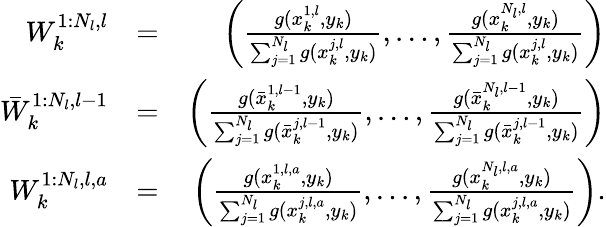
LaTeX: \begin{array}{rlr}{W_{k}^{1:N_{l},l}}&{=}&{\left(\frac{g(x_{k}^{1,l},y_{k})}{\sum_{j=1}^{N_{l}}g(x_{k}^{j,l},y_{k})},\dots,\frac{g(x_{k}^{N_{l},l},y_{k})}{\sum_{j=1}^{N_{l}}g(x_{k}^{j,l},y_{k})}\right)}\\ {\bar{W}_{k}^{1:N_{l},l-1}}&{=}&{\left(\frac{g(\bar{x}_{k}^{1,l-1},y_{k})}{\sum_{j=1}^{N_{l}}g(\bar{x}_{k}^{j,l-1},y_{k})},\dots,\frac{g(\bar{x}_{k}^{N_{l},l-1},y_{k})}{\sum_{j=1}^{N_{l}}g(\bar{x}_{k}^{j,l-1},y_{k})}\right)}\\ {W_{k}^{1:N_{l},l,a}}&{=}&{\left(\frac{g(x_{k}^{1,l,a},y_{k})}{\sum_{j=1}^{N_{l}}g(x_{k}^{j,l,a},y_{k})},\dots,\frac{g(x_{k}^{N_{l},l,a},y_{k})}{\sum_{j=1}^{N_{l}}g(x_{k}^{j,l,a},y_{k})}\right).}\end{array}